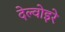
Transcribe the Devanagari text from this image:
देल्वोइरे